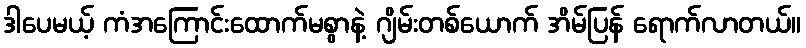
ဒါပေမယ့် ကံအကြောင်းထောက်မစွာနဲ့ ဂျိမ်းတစ်ယောက် အိမ်ပြန် ရောက်လာတယ်။